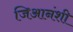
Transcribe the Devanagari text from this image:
जिआनंशी